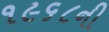
૧૯૬૮ની